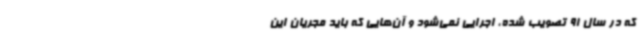
که در سال 91 تصویب شده، اجرایی نمی‌شود و آن‌هایی که باید مجریان این